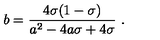
{ { b } } = { \frac { 4 \sigma ( 1 - \sigma ) } { { { a } } ^ { 2 } - 4 { { a } } \sigma + 4 \sigma } } \ .